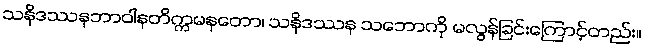
သနိဒဿနဘာဝါနတိက္ကမနတော၊ သနိဒဿန သဘောကို မလွန်ခြင်းကြောင့်တည်း။